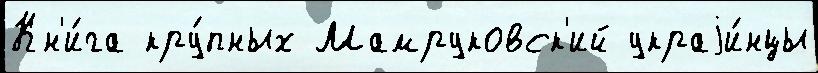
Кн'и́га кру́пных Мамруковск'ий украjи́нцы